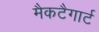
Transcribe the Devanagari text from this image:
मैकटैगार्ट